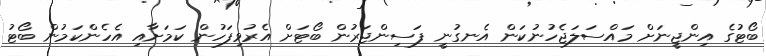
ބޯޓުގެ އިންޖީނަށް މައްސަލަޖެހުނުކަން އެނގުނީ ފަސިންޖަރުން ބޯޓަށް އެރުވިފަހުން ކަމަށާއި އެހެންކަމުން ބޯޓު